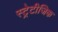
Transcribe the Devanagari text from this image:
स्ट्रेटीजिक